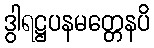
ဒွါရဋ္ဌပနမတ္တေနပိ